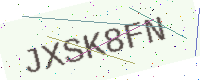
Text: JXSK8FN